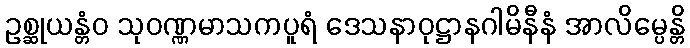
ဥစ္ဆုယန္တံဝ သုဝဏ္ဏမာသကပူရံ ဒေသနာဝုဋ္ဌာနဂါမိနီနံ အာလိမ္ပေန္တိ